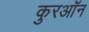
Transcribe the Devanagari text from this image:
कुरऑन